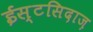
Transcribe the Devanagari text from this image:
ईस्टसिदाज़